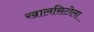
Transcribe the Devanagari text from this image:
खालसिटोला